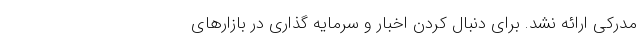
مدرکی ارائه نشد. برای دنبال کردن اخبار و سرمایه گذاری در بازارهای